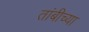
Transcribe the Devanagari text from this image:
तांबीच्या